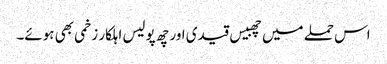
اس حملے میں چھبیس قیدی اور چھ پولیس اہلکار زخمی بھی ہوئے۔